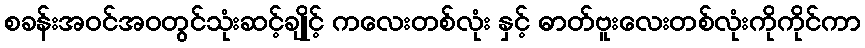
စခန်းအဝင်အဝတွင်သုံးဆင့်ချိုင့် ကလေးတစ်လုံး နှင့် ဓာတ်ဗူးလေးတစ်လုံးကိုကိုင်ကာ